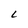
Character: L